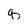
Character: q